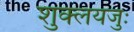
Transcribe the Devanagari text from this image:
शुक्लयजुः